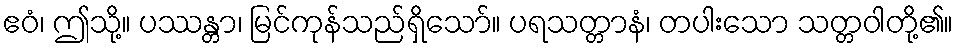
ဧဝံ၊ ဤသို့။ ပဿန္တာ၊ မြင်ကုန်သည်ရှိသော်။ ပရသတ္တာနံ၊ တပါးသော သတ္တဝါတို့၏။